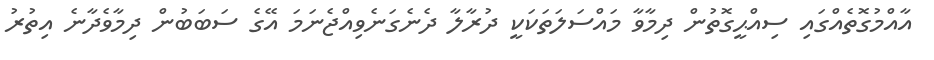
އާއްމުގޮތެއްގައި ސިއްޙީގޮތުން ދިމާވާ މައްސަލަތަކަކީ ދުރާލާ ދެނެގަނެވިއްޖެނަމަ އޭގެ ސަބަބުން ދިމާވެދާނެ އިތުރު